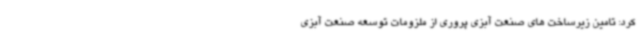
کرد: تامین زیرساخت های صنعت آبزی پروری از ملزومات توسعه صنعت آبزی